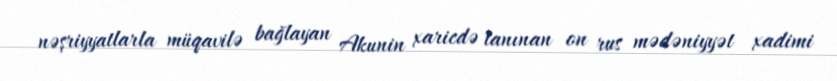
nəşriyyatlarla müqavilə bağlayan Akunin xaricdə tanınan on rus mədəniyyət xadimi